Report on the bubonic plague in Bombay, 1896-1897
Year: 1896
Disease focus: Plague
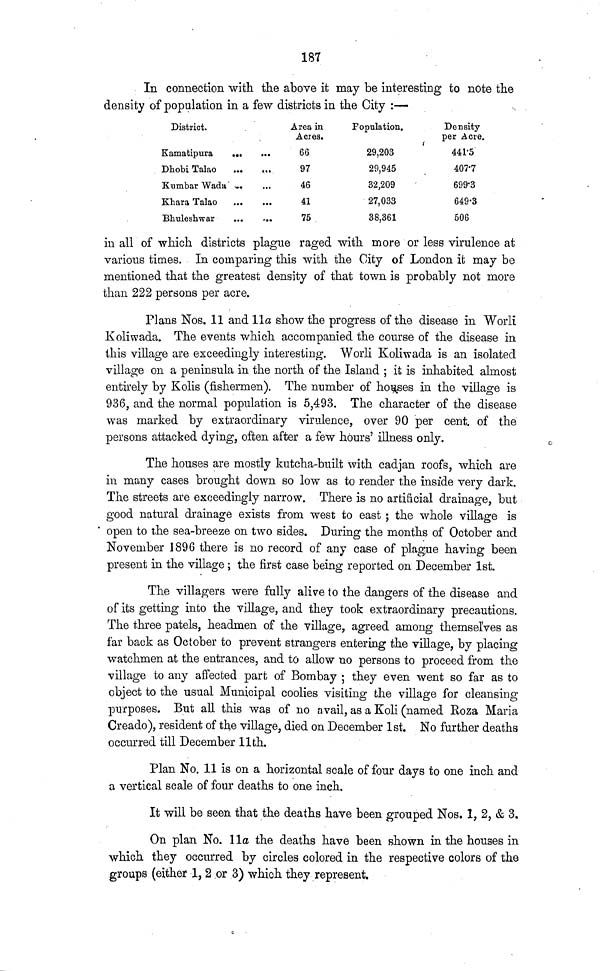
187
In connection with the above it may be interesting to note the
density of population in a few districts in the City :—
District.
Kamatipura ... ...
Dhobi Talao
...
...
Kumbar Wada ... ...
Khara Talao ... ...
Bhuleshwar... ...
Area in
Acres.
66
97
46
41
75
Population.
29,203
29,945
32,209
27,033
38,361
Density
per Acre.
441-5
407-7
699-3
649-3
506
in all of which districts plague raged with more or less virulence at
various times. In comparing this with the City of London it may be
mentioned that the greatest density of that town is probably not more
than 222 persons per acre.
Plans Nos. 11 and 11a show the progress of the disease in Worli
Koliwada. The events which accompanied the course of the disease in
this village are exceedingly interesting. Worli Koliwada is an isolated
village on a peninsula in the north of the Island ; it is inhabited almost
entirely by Kolis (fishermen). The number of houses in the village is
936, and the normal population is 5,493. The character of the disease
was marked by extraordinary virulence, over 90 per cent. of the
persons attacked dying, often after a few hours' iUness only.
The houses are mostly kutcha-built with cadjan roofs, which are
in many cases brought down so low as to render the inside very dark.
The streets are exceedingly narrow. There is no artificial drainage, but
good natural drainage exists from west to east ; the whole village is
open to the sea-breeze on two sides. During the months of October and
November 1896 there is no record of any case of plague having been
present in the village ; the first case being reported on December 1st.
The villagers were fully alive to the dangers of the disease and
of its getting into the village, and they took extraordinary precautions.
The three patels, headmen of the village, agreed among themselves as
far back as October to prevent strangers entering the village, by placing
watchmen at the entrances, and to allow no persons to proceed from the
village to any affected part of Bombay ; they even went so far as to
object to the usual Municipal coolies visiting the village for cleansing
purposes. But all this was of no avail, as a Koli (named Roza Maria
Creado), resident of the village, died on December 1st. No further deaths
occurred till December 11th.
Plan No. 11 is on a horizontal scale of four days to one inch and
a vertical scale of four deaths to one inch.
It will be seen that the deaths have been grouped Nos. 1, 2, & 3.
On plan No. 11a the deaths have been shown in the houses in
which they occurred by circles colored in the respective colors of the
groups (either 1, 2 or 3) which they represent.